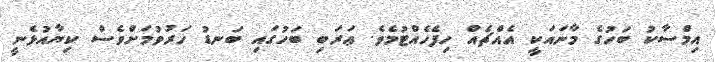
އިމްސާކު ބަހުގެ މާނައަކީ އެއްޗެއް ހިފެހެއްޓުމެވެ. ޢަރަބި ބަހުގައި ބަނޑު ހަރުވުމަށްވެސް ކިޔާއުޅެނީ